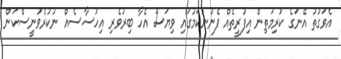
އެވަގުތު އޭނަގެ ކުރިމަތިން އިފުރީތެއް ފެނުނުކަމުގައި ވިޔަސް އެހާ ބިރުވެރި އިހުސާސެއް ނުކުރެވުނީސްކަން